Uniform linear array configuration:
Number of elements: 24
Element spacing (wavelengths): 1
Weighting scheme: exponential
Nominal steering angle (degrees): -60
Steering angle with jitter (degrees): -58.35
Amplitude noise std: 0.05
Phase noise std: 0.05

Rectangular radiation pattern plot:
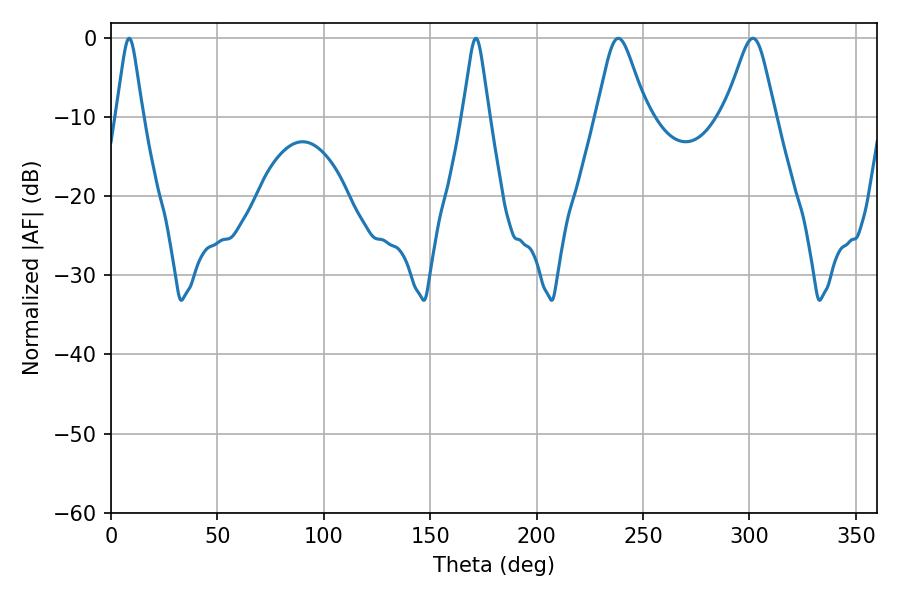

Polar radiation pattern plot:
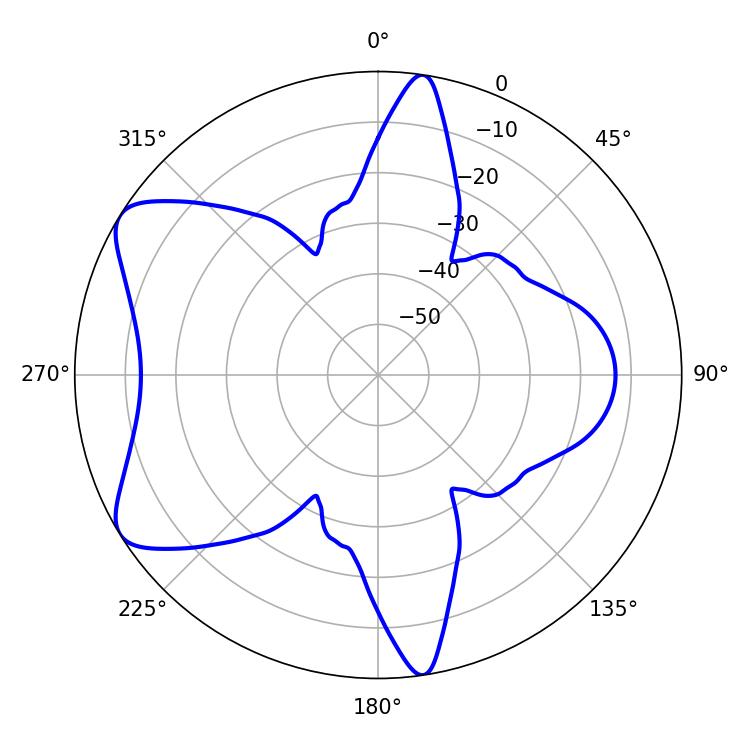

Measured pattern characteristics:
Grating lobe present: TRUE
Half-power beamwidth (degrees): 11.16
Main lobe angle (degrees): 238.32